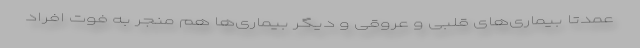
عمدتا بیماری‌های قلبی و عروقی و دیگر بیماری‌ها هم منجر به فوت افراد